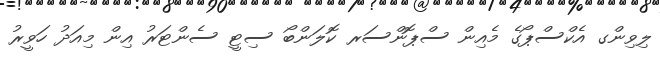
ލިވިންގ އެކްސްޕޯގެ މެއިން ސްޕޮންސަރ ކޮލަންބޯ ސިޓީ ސެންޓަރު އިން މިއަދު ހަވީރު